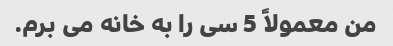
من معمولاً 5 سی را به خانه می برم.